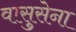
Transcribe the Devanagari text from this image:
वासुसेना